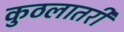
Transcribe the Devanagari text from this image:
कुठलातरी